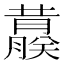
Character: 𬟀